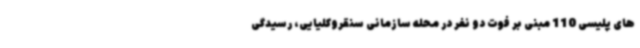
های پلیسی 110 مبنی بر فوت دو نفر در محله سازمانی سنقروکلیایی، رسیدگی